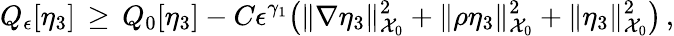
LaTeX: Q_{\epsilon}[\eta_{3}]\, \ge\, Q_{0}[\eta_{3}]-C\epsilon^{\gamma_{1}}\bigl(\| \nabla\eta_{3}\| _{\mathcal{X}_{0}}^{2}+\| \rho\eta_{3}\| _{\mathcal{X}_{0}}^{2}+\| \eta_{3}\| _{\mathcal{X}_{0}}^{2}\bigr)\, ,